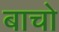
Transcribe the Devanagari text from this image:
बाचो